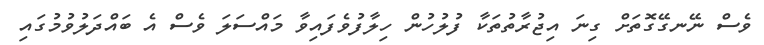
ވެސް ނޭނގޭގޮތަށް ގިނަ އިޖުރާތުތަކާ ފުލުހުން ހިލާފުވެފައިވާ މައްސަލަ ވެސް އެ ބައްދަލުވުމުގައި